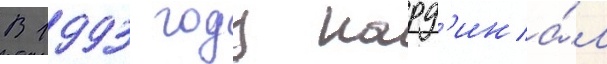
В 1993 году кард'ина́л